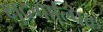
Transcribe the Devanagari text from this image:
क्षुद्रगाल्पिक